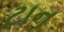
ટાન